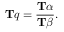
\mathbf { T } q = { \frac { \mathbf { T } \alpha } { \mathbf { T } \beta } } .